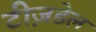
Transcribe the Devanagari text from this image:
टीज़डेल